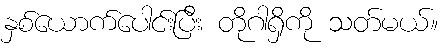
နှစ်ယောက်ပေါင်းပြီး တိုဂါရှိကို သတ်မယ်။